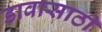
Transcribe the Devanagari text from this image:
डावासाठी